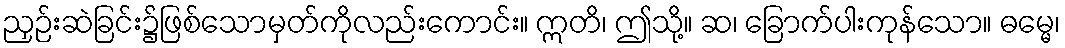
ညှဉ်းဆဲခြင်း၌ဖြစ်သောမှတ်ကိုလည်းကောင်း။ ဣတိ၊ ဤသို့။ ဆ၊ ခြောက်ပါးကုန်သော။ ဓမ္မေ၊